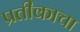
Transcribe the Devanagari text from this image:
प्रतीकाचा